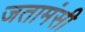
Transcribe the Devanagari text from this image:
जतामंसी